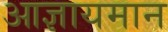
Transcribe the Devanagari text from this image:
आज्ञायमान